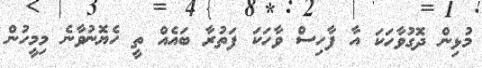
މުޅިން ދޮގުވާހަކަ އާ ފާހިސް ވާހަކަ ފަތުރާ ބައެއް ތީ ހެޔޮނުވާނެ މިމީހުން